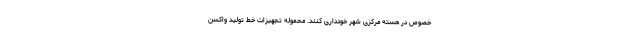
خصوص در هسته مرکزی شهر خودداری کنند. محموله تجهیزات خط تولید واکسن